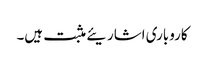
کاروباری اشاریئے مثبت ہیں۔